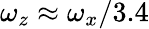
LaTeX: \omega_{z}\approx\omega_{x}/3.4